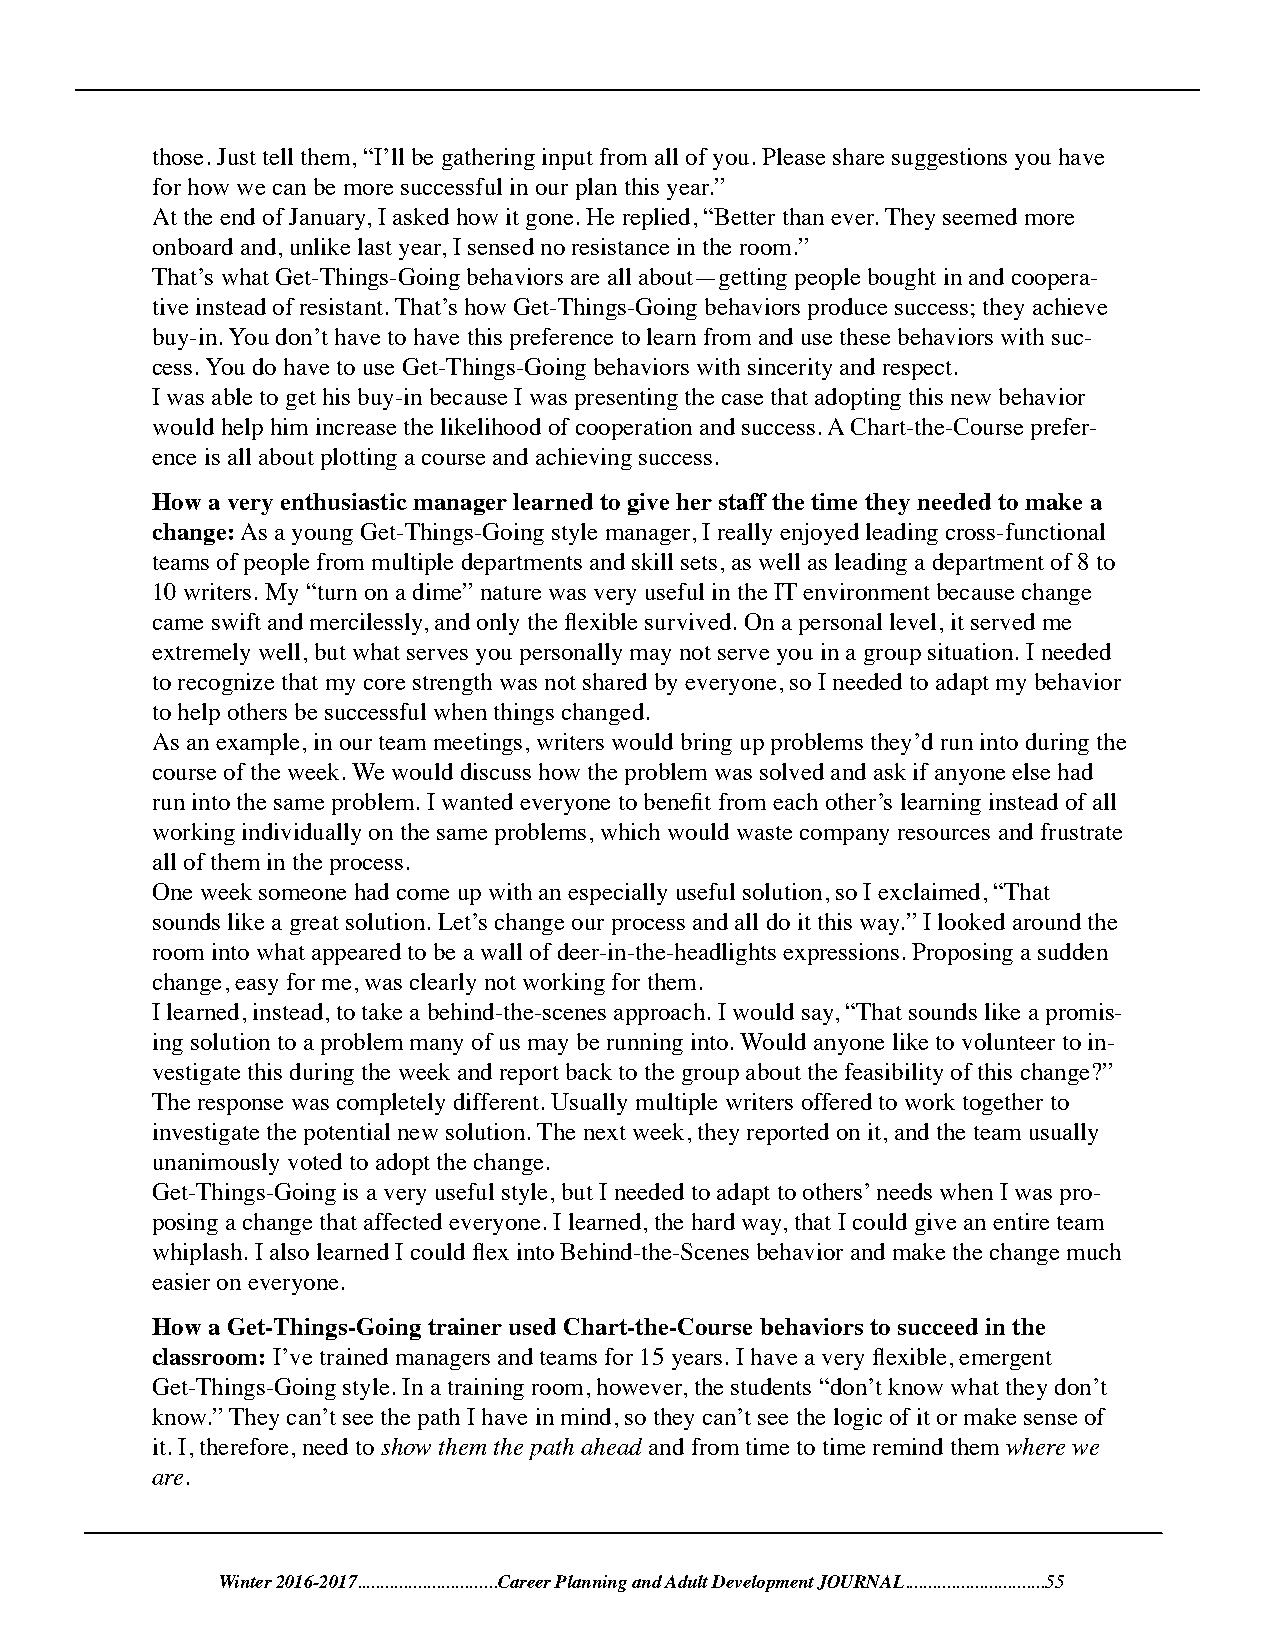
those. Just tell them, “I’ll be gathering input from all of you. Please share suggestions you have
 for how we can be more successful in our plan this year.”
 At the end of January, I asked how it gone. He replied, “Better than ever. They seemed more
 onboard and, unlike last year, I sensed no resistance in the room.”
 That’s what Get-Things-Going behaviors are all about—getting people bought in and coopera-
 tive instead of resistant. That’s how Get-Things-Going behaviors produce success; they achieve
 buy-in. You don’t have to have this preference to learn from and use these behaviors with suc-
 cess. You do have to use Get-Things-Going behaviors with sincerity and respect.
 I was able to get his buy-in because I was presenting the case that adopting this new behavior
 would help him increase the likelihood of cooperation and success. A Chart-the-Course prefer-
 ence is all about plotting a course and achieving success.
 How a very enthusiastic manager learned to give her staff the time they needed to make a
 change: As a young Get-Things-Going style manager, I really enjoyed leading cross-functional
 teams of people from multiple departments and skill sets, as well as leading a department of 8 to
 10 writers. My “turn on a dime” nature was very useful in the IT environment because change
 came swift and mercilessly, and only the flexible survived. On a personal level, it served me
 extremely well, but what serves you personally may not serve you in a group situation. I needed
 to recognize that my core strength was not shared by everyone, so I needed to adapt my behavior
 to help others be successful when things changed.
 As an example, in our team meetings, writers would bring up problems they’d run into during the
 course of the week. We would discuss how the problem was solved and ask if anyone else had
 run into the same problem. I wanted everyone to benefit from each other’s learning instead of all
 working individually on the same problems, which would waste company resources and frustrate
 all of them in the process.
 One week someone had come up with an especially useful solution, so I exclaimed, “That
 sounds like a great solution. Let’s change our process and all do it this way.” I looked around the
 room into what appeared to be a wall of deer-in-the-headlights expressions. Proposing a sudden
 change, easy for me, was clearly not working for them.
 I learned, instead, to take a behind-the-scenes approach. I would say, “That sounds like a promis-
 ing solution to a problem many of us may be running into. Would anyone like to volunteer to in-
 vestigate this during the week and report back to the group about the feasibility of this change?”
 The response was completely different. Usually multiple writers offered to work together to
 investigate the potential new solution. The next week, they reported on it, and the team usually
 unanimously voted to adopt the change.
 Get-Things-Going is a very useful style, but I needed to adapt to others’ needs when I was pro-
 posing a change that affected everyone. I learned, the hard way, that I could give an entire team
 whiplash. I also learned I could flex into Behind-the-Scenes behavior and make the change much
 easier on everyone.
 How a Get-Things-Going trainer used Chart-the-Course behaviors to succeed in the
 classroom: I’ve trained managers and teams for 15 years. I have a very flexible, emergent
 Get-Things-Going style. In a training room, however, the students “don’t know what they don’t
 know.” They can’t see the path I have in mind, so they can’t see the logic of it or make sense of
 it. I, therefore, need to show them the path ahead and from time to time remind them where we
 are.
 Winter 2016-2017..............................Career Planning and Adult Development JOURNAL..............................55